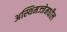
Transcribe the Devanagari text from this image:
अस्थिमज्जेमधील